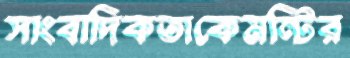
সাংবাদিকতাকেমন্টির